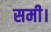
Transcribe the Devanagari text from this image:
समी।